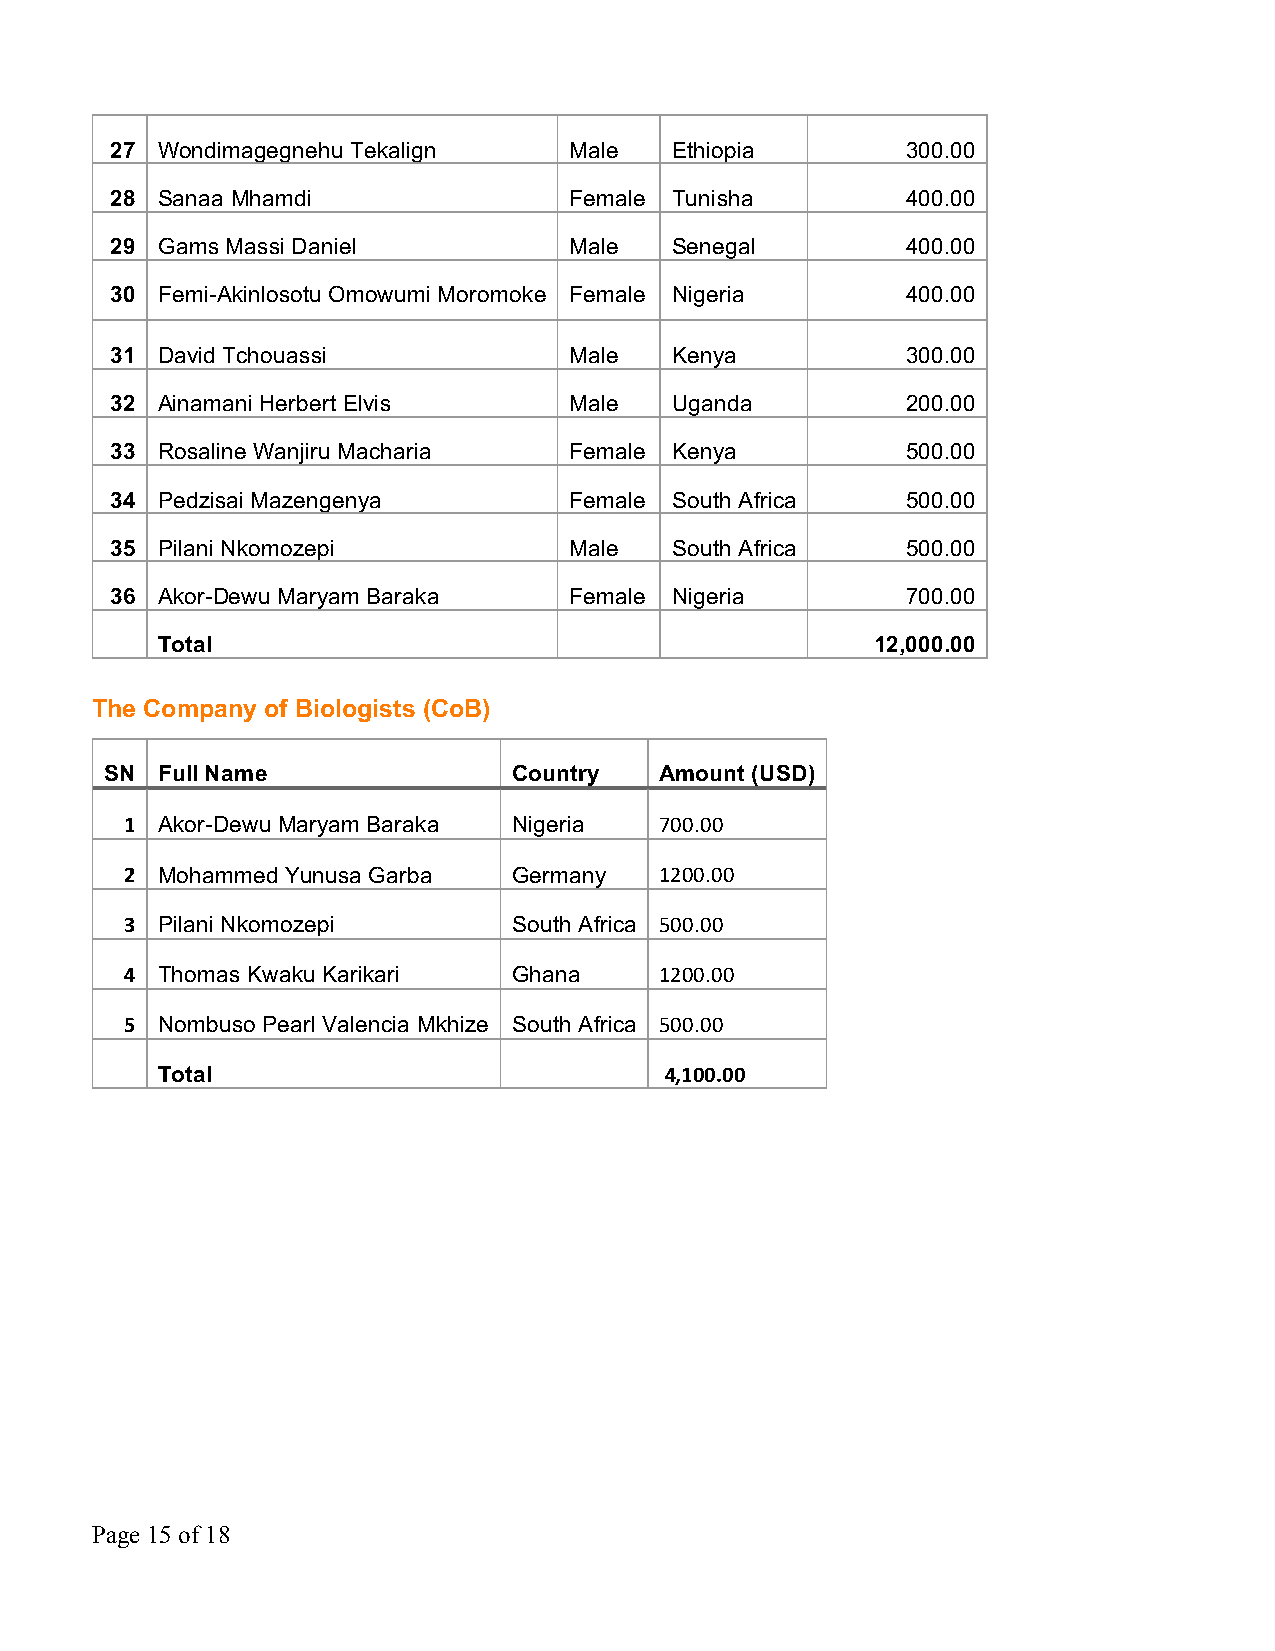
27 Wondimagegnehu Tekalign     Male  Ethiopia        300.00
 28 Sanaa Mhamdi                Female Tunisha        400.00
 29 Gams Massi Daniel           Male  Senegal         400.00
 30 Femi-Akinlosotu Omowumi Moromoke Female Nigeria   400.00
 31 David Tchouassi             Male  Kenya           300.00
 32 Ainamani Herbert Elvis      Male  Uganda          200.00
 33 Rosaline Wanjiru Macharia   Female Kenya          500.00
 34 Pedzisai Mazengenya         Female South Africa   500.00
 35 Pilani Nkomozepi            Male  South Africa    500.00
 36 Akor-Dewu Maryam Baraka     Female Nigeria        700.00
 Total                                           12,000.00
 The Company of Biologists (CoB)
 SN Full Name               Country   Amount (USD)
 1 Akor-Dewu Maryam Baraka Nigeria   700.00
 2 Mohammed Yunusa Garba   Germany   1200.00
 3 Pilani Nkomozepi        South Africa 500.00
 4 Thomas Kwaku Karikari   Ghana     1200.00
 5 Nombuso Pearl Valencia Mkhize South Africa 500.00
 Total                             4,100.00
 Page 15 of 18